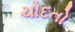
ચોદતો